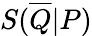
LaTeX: S(\overline{{Q}}|P)